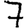
Digit: 7